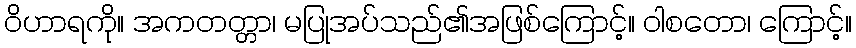
ဝိဟာရကို။ အကတတ္တာ၊ မပြုအပ်သည်၏အဖြစ်ကြောင့်။ ဝါစတော၊ ကြောင့်။